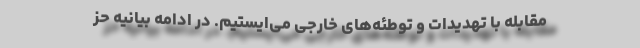
مقابله با تهدیدات و توطئه‌های خارجی می‌ایستیم. در ادامه بیانیه حز